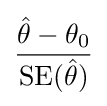
{\frac {{\hat {\theta }}-\theta _{0}}{{\rm {SE}}({\hat {\theta }})}}